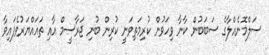
ސަލްމޮނެއްލާގެ ސަބަބުން ކާނާ ވިހަވުން ކުރިމަތިވަނީ ކުރިން ބުނި ޖަރާސީމް އާއި ތަޣައްޔަރުވެފައިވާ